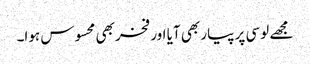
مجھے لوسی پر پیار بھی آیا اور فخر بھی محسوس ہوا۔